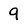
Character: q